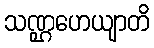
သဏ္ဌဟေယျာတိ